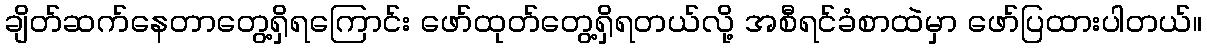
ချိတ်ဆက်နေတာတွေ့ရှိရကြောင်း ဖော်ထုတ်တွေ့ရှိရတယ်လို့ အစီရင်ခံစာထဲမှာ ဖော်ပြထားပါတယ်။